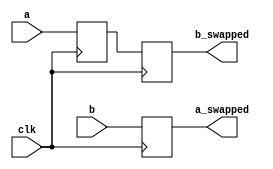
module swap_registers (
    input wire clk,
    input wire [7:0] a,
    input wire [7:0] b,
    output reg [7:0] a_swapped,
    output reg [7:0] b_swapped
);
reg [7:0] temp;
always @(posedge clk ) begin
        temp <= a;
        #50;
        a_swapped <= b;
        #50;
        b_swapped <= temp;
end
endmodule